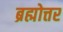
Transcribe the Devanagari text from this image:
ब्रह्मोत्तर